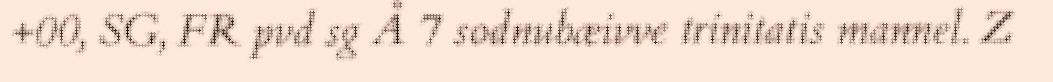
+00, SG, FR pvd sg Å 7 sodnubæivve trinitatis mannel. Z